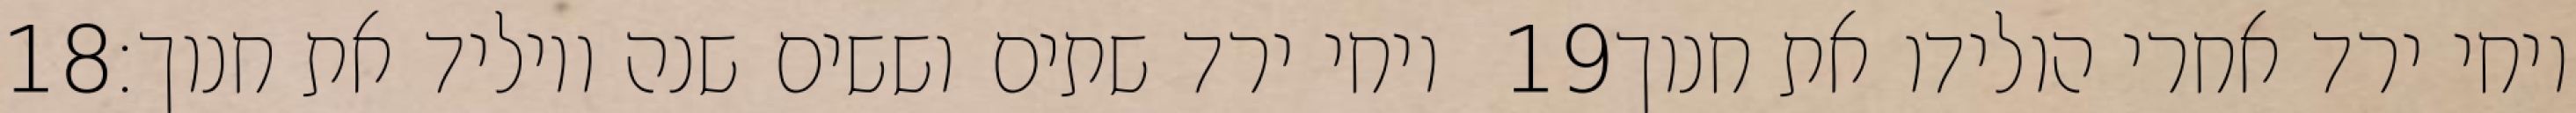
‎18‏ ויחי ירד שתים וששים שנה ויוליד את חנוך׃ ‎19‏ ויחי ירד אחרי הולידו את חנוך